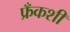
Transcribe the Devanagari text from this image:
फ्रँकशी